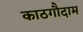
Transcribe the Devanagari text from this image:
काठगौदाम